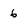
Character: 6